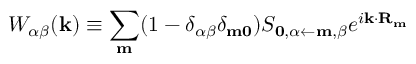
W _ { \alpha \beta } ( \mathbf { k } ) \equiv \sum _ { \mathbf { m } } ( 1 - \delta _ { \alpha \beta } \delta _ { \mathbf { m 0 } } ) S _ { \mathbf { 0 } , \alpha \leftarrow \mathbf { m } , \beta } e ^ { i \mathbf { k } \cdot \mathbf { R _ { m } } }